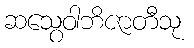
ဆသွေဝါဘိဇာတီသု